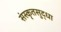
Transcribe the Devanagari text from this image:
संस्कृतसुद्धा